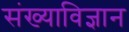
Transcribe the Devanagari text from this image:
संख्याविज्ञान